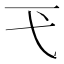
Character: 𢍼